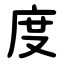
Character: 度